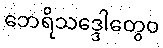
ဘေရိသဒ္ဒေါတွေဝ